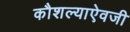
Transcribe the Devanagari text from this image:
कौशल्याऐवजी